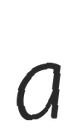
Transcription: a